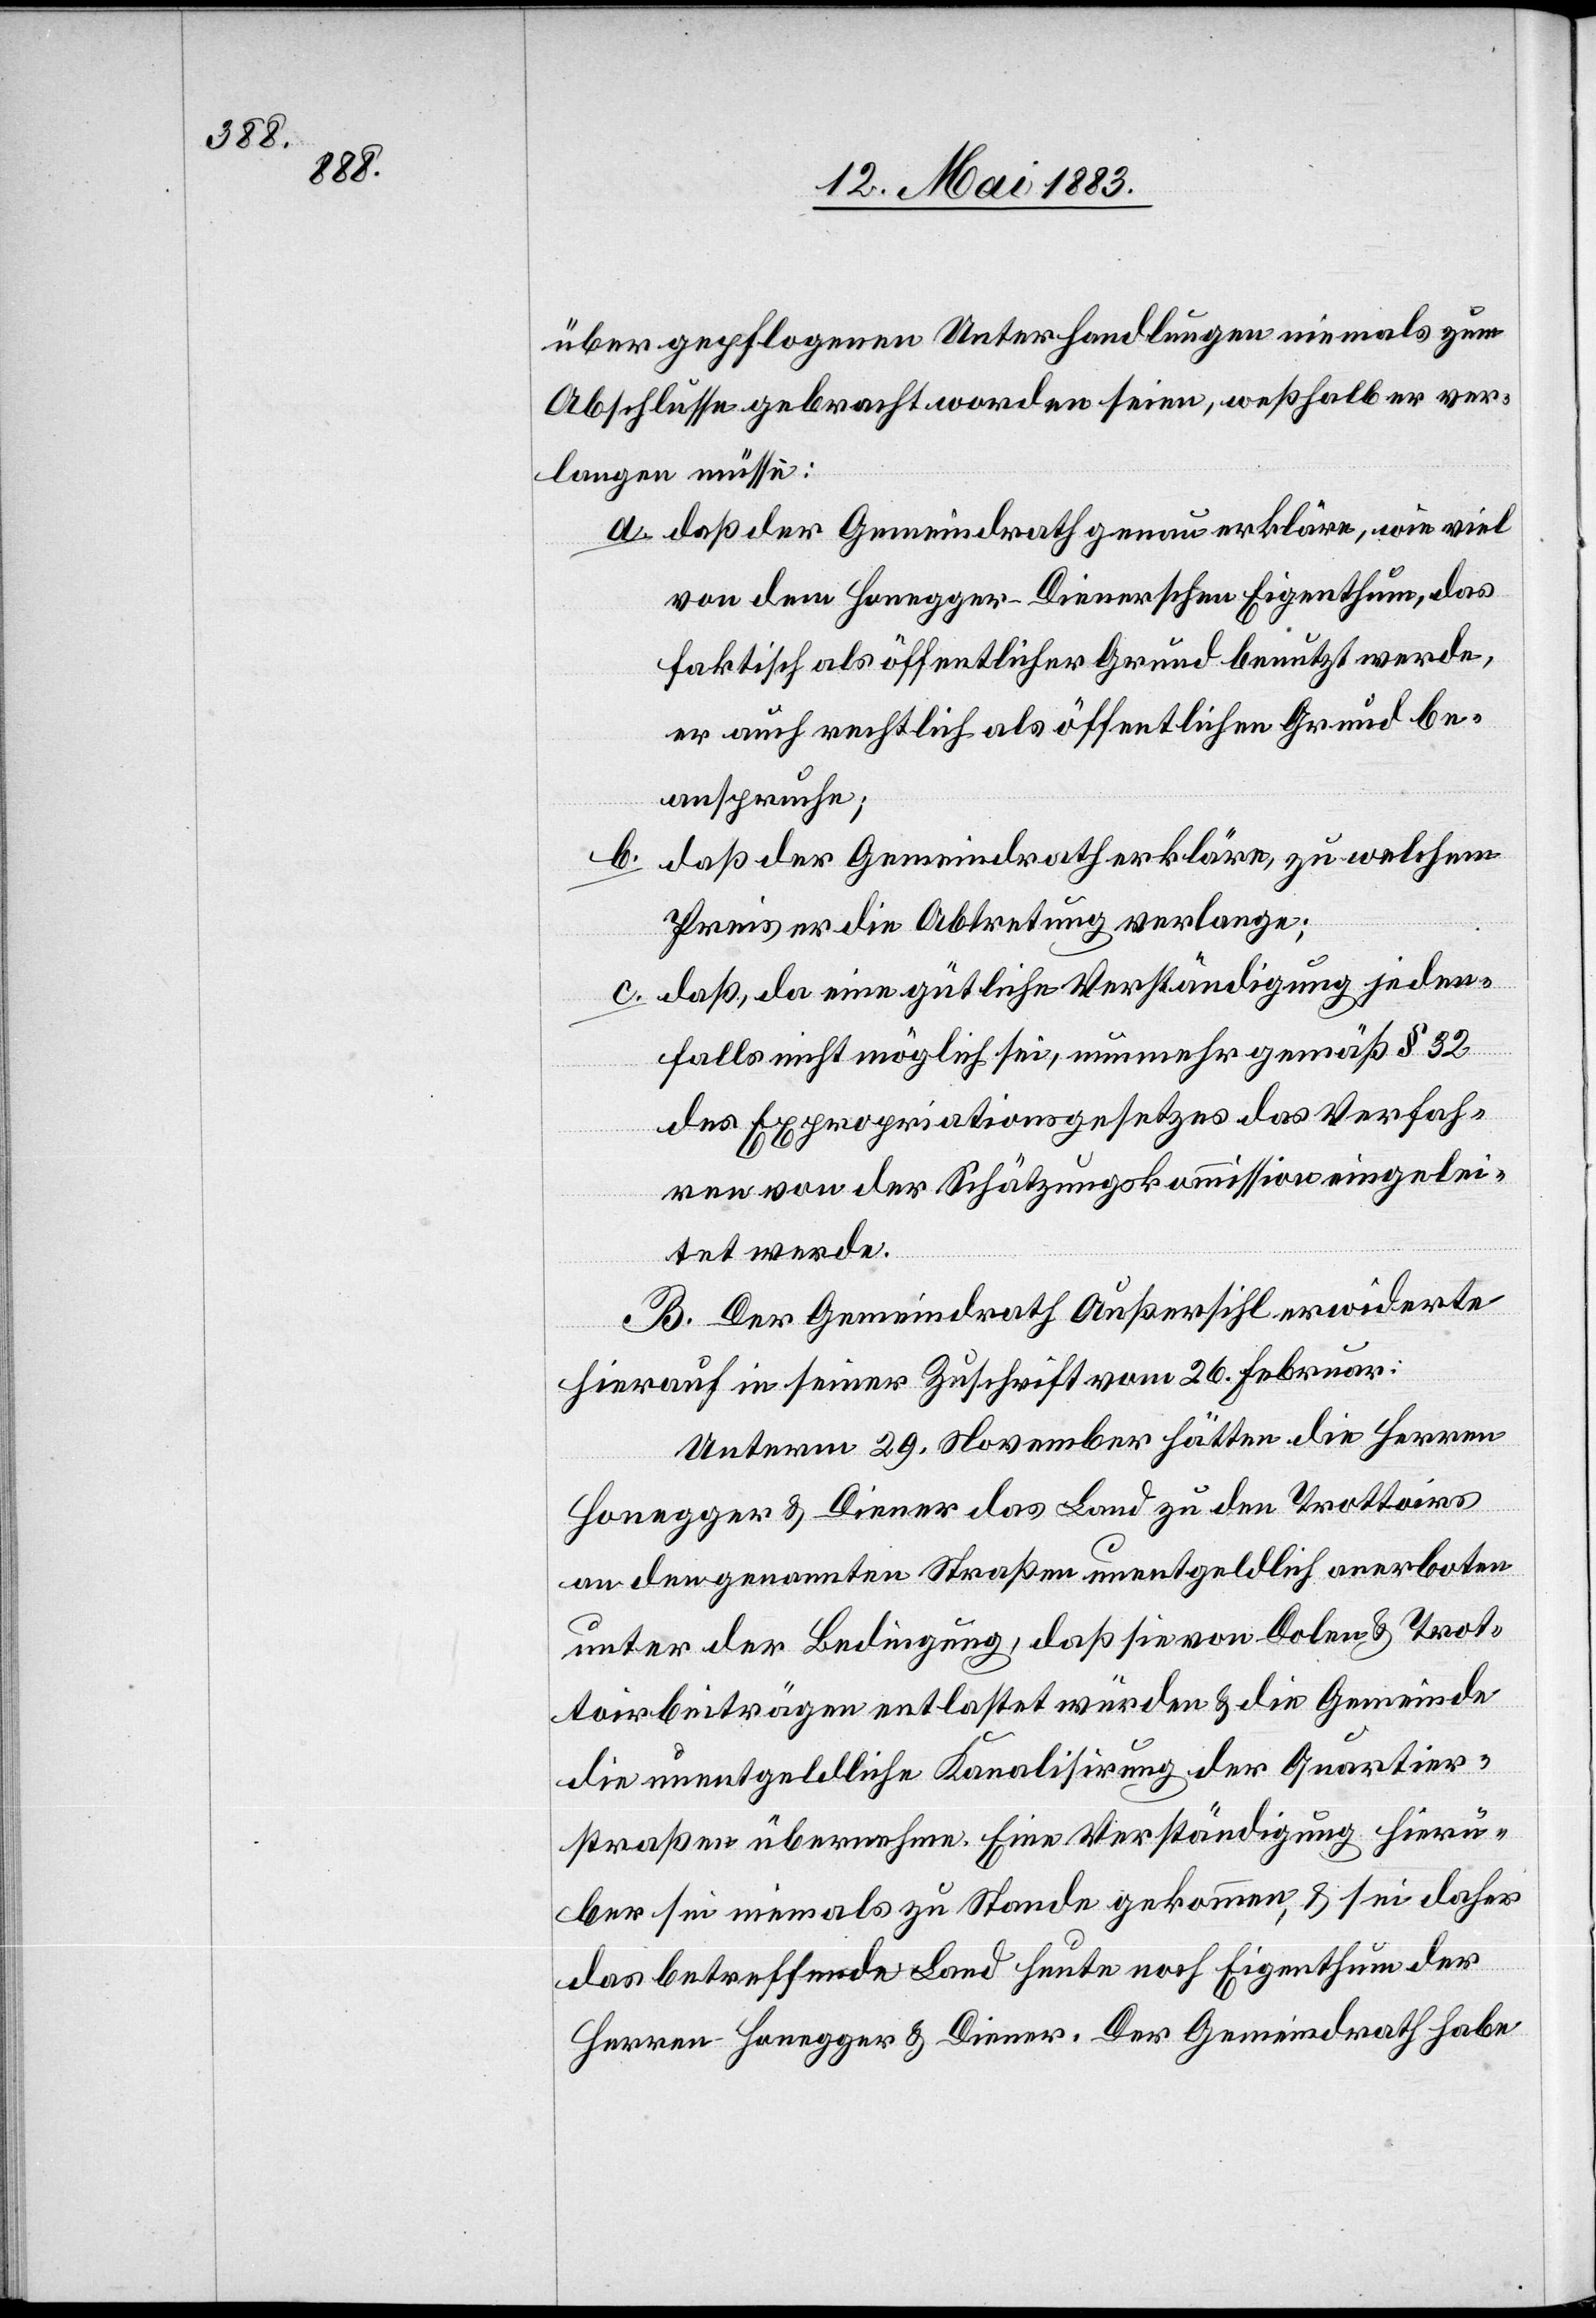
über gepflogenen Unterhandlungen niemals zum
Abschlusse gebracht worden seien, weßhalb er ver¬
langen müsse:
a. daß der Gemeindrath genau erkläre, wie viel
von dem Honegger-Dienerschen Eigenthum, das
faktisch als öffentlicher Grund benutzt werde,
er auch rechtlich als öffentlichen Grund be¬
anspruche;
b. daß der Gemeindrath erkläre, zu welchem
Preis er die Abtretung verlange;
c. daß, da eine gütliche Verständigung jeden¬
falls nicht möglich sei, nunmehr gemäß § 32
des Expropriationsgesetzes das Verfah¬
ren von der Schätzungskommission eingelei¬
tet werde.
B. Der Gemeindrath Außersihl erwiederte
hierauf in seiner Zuschrift vom 26. Februar:
Unterm 29. November hätten die Herren
Honegger & Diener das Land zu den Trottoirs
an den genannten Straßen unentgeldlich anerboten
unter der Bedingung, daß sie von Dolen & Trot¬
toirbeiträgen entlastet würden & die Gemeinde
die unentgeldliche Kanalisirung der Quartier¬
straßen übernehme. Eine Verständigung hierü¬
ber sei niemals zu Stande gekommen & sei daher
das betreffende Land heute noch Eigenthum der
Herren Honegger & Diener. Der Gemeindrath habe